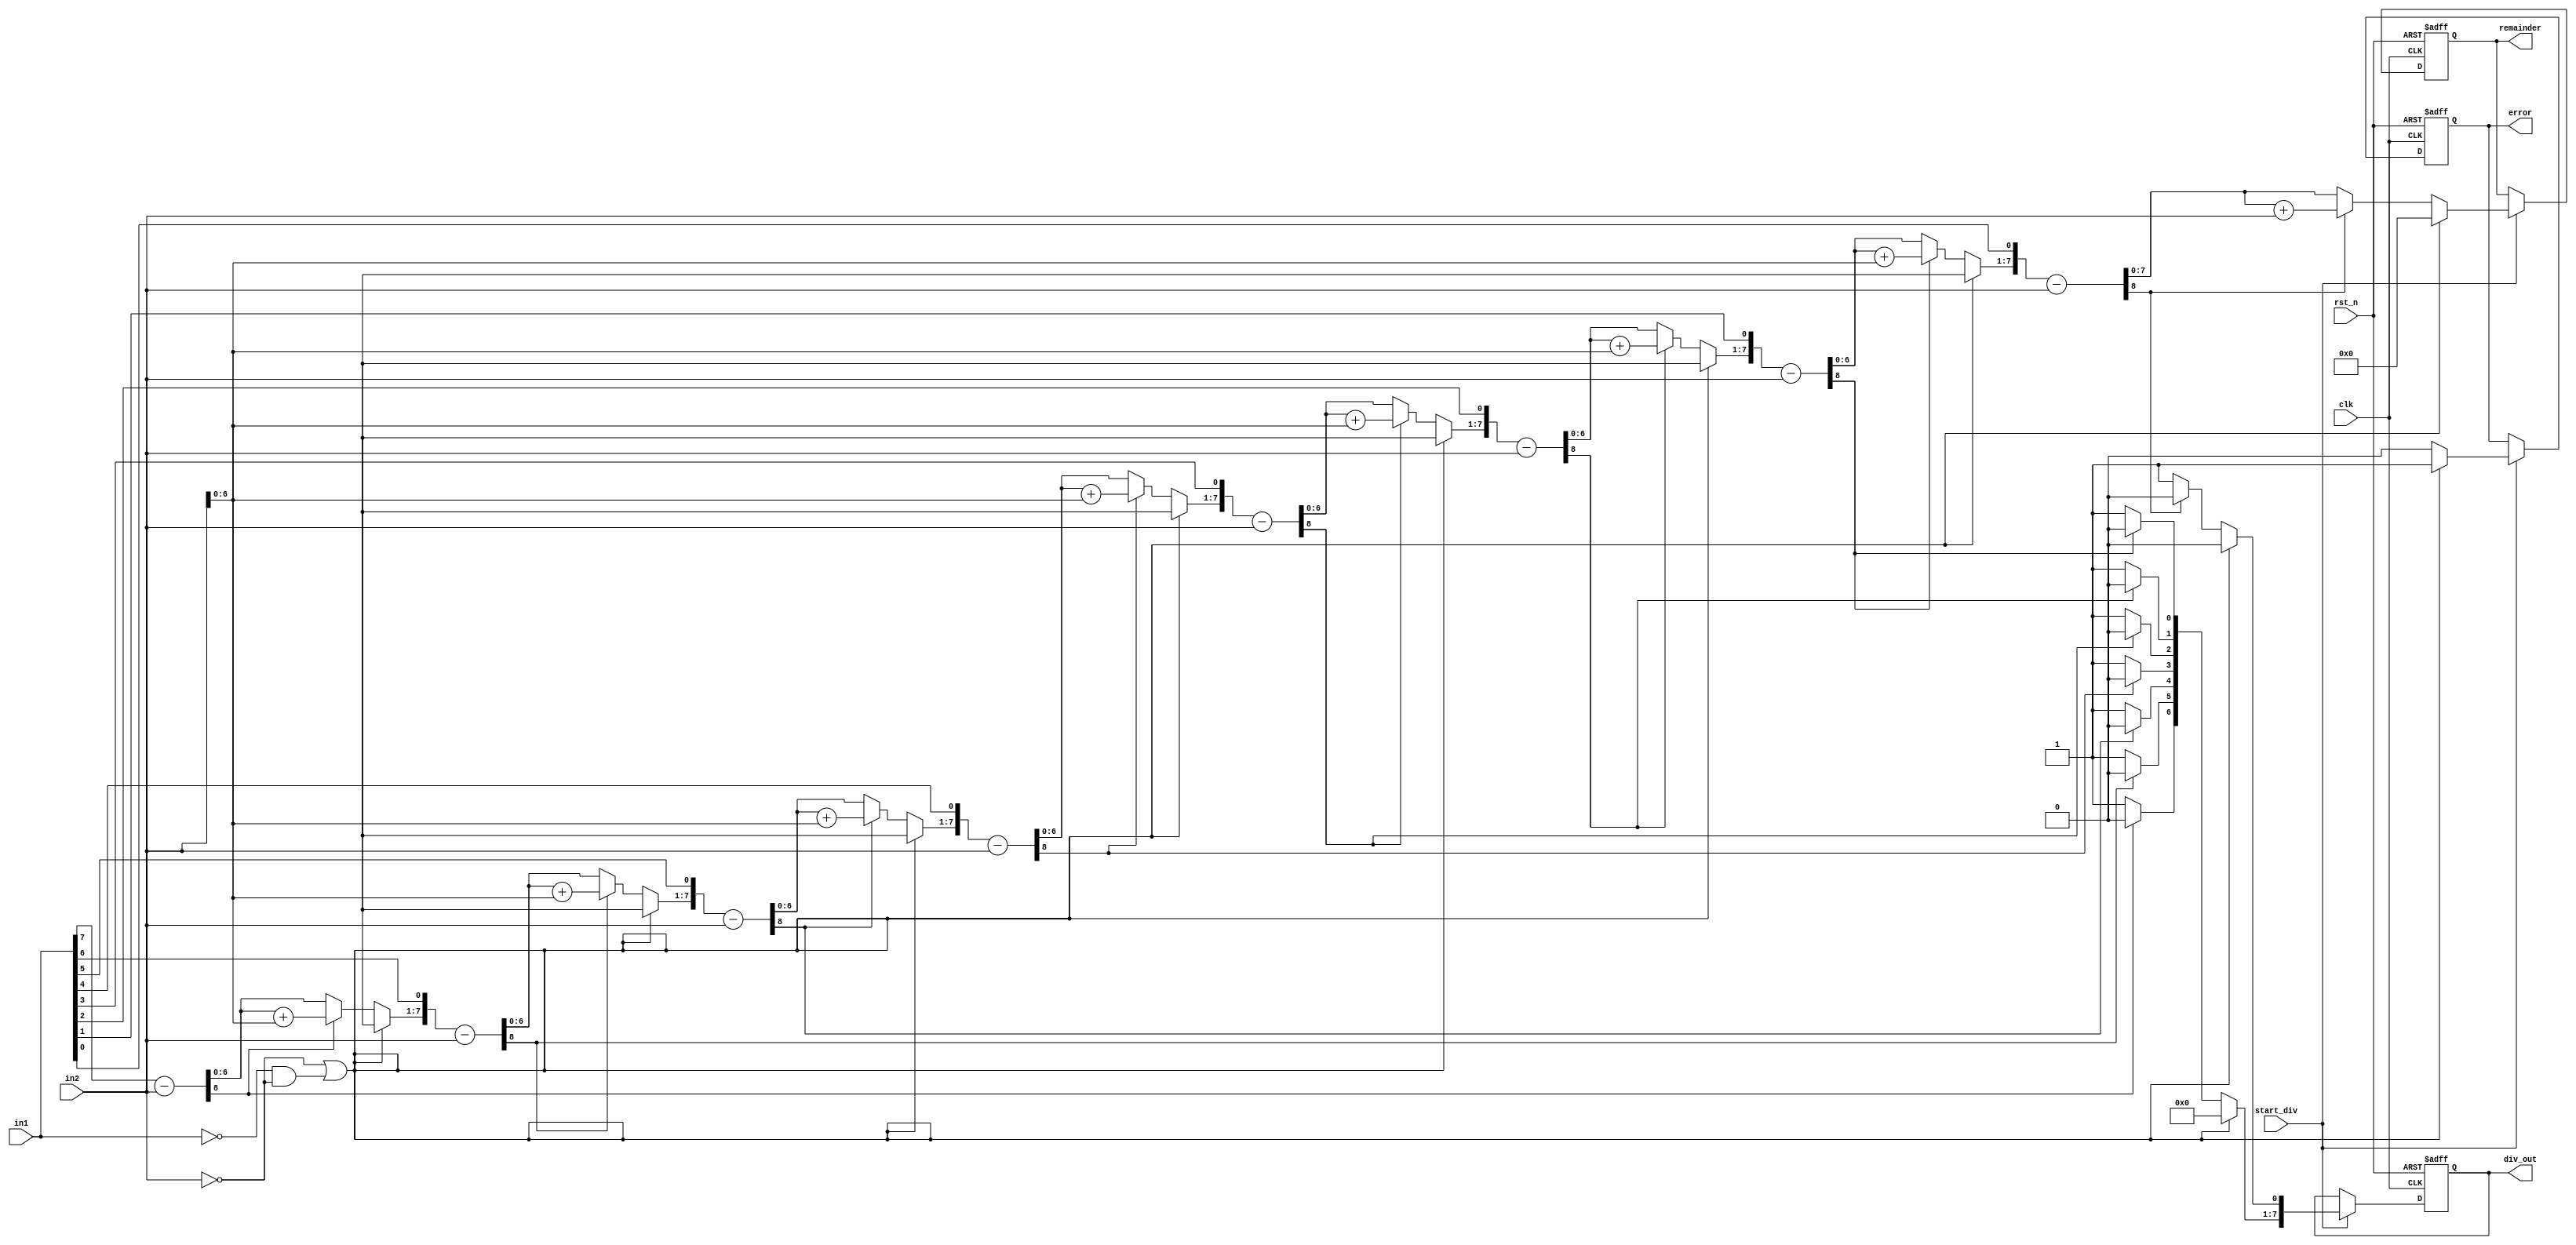
`timescale 1ns / 1ps                                                                           
//////////////////////////////////////////////////////////////////////////////////             
// Company:                                                                                    
// Engineer:                                                                                   
//                                                                                             
// Design Name:                                                                                
// Module Name: unsigned_divider                                                                
// Project Name: LowPowerMultiClockDigtialCommuSys                                                                              
// Target Devices:                                                                             
// Tool Versions:                                                                              
// Description:                                                                                
//                                                                                             
// Dependencies:                                                                               
//                                                                                             
// Revision:                                                                                   
// Revision 0.01 - File Created                                                                
// Additional Comments:                                                                        
//                                                                                             
//////////////////////////////////////////////////////////////////////////////////             
module unsigned_divider #(parameter N=8) (                                                                        
    input                           clk,                                                                             
    input                           rst_n,                                                                         
    input           [N-1 : 0]       in1,                                                                      
    input           [N-1 : 0]       in2,                                                                      
    input                           start_div,                                                                       
    output  reg     [N-1 : 0]       div_out,                                                                 
    output  reg     [N-1 : 0]       remainder,                                                              
    output  reg                     error                                                                     
    );                                                                                         
                                                                                               
    reg                             err;
    reg             [N-1 : 0]       M;      // Divisor                                                              
    reg             [N-1 : 0]       Q;      // Dividend (will contian the value of the Qoutient)                    
    reg             [2*N : 0]       A;      // will contian the value of the Reminader    
                                            // The vector width of A is doubled to ensure no error as ..
                                            // .. some processes can take more bits ( A = A - M $ A = A + M)
                                            // .. especially at corner cases as using max allowed numbers as inputs                   
                                                                                                                                                                    
    integer                         i;      // for loop parameters     

                                                                                               
    always @(posedge clk, negedge rst_n)                                                                      
    begin                                                                                      
        if (~rst_n) begin                                                                    
            div_out   <= 0;                                                                            
            remainder <= 0;
            error     <= 0;                                                                                                                             
        end
        else if(start_div)begin
            div_out   <= Q;                                                                            
            remainder <= A[N-1:0];   // only take the first N bits of A as output remainder (size of A is 2*N)
            error     <= err;
        end                                                                                                                                                              
    end       
    

    always @(*)
    begin
        if (in2 == 0 | (in1 == 0 & in2 == 0)) begin
            // Possible errors:
            // 1) divide by zero (result should be infinity)  --> in2 = 0
            // 2) divide zero by zero ( undefined value)      --> in1 = 0, in2 = 0
            err  = 1;
            Q    = 0;
            A    = 0;
        end
        else begin
            err = 0;
            // Booth's Algorithm
            // Intiailization
            Q   = in1;
            M   = in2;
            A   = 0;
                
            for(i=0;i<N;i=i+1)begin   
                A        = {A[N-2:0], Q[N-1]};  // {A, Q} shift left
                Q[N-1:1] = Q[N-2:0];            // Q shift left
                A        = A - M;
                if (A[2*N] == 1) begin          // check if A is negative number
                    Q[0] = 0;        
                    A    = A + M;
                end                   
                else                  
                    Q[0] = 1;
            end
        end
    end                                                                               



endmodule